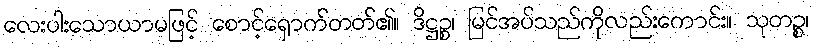
လေးပါးသောယာမဖြင့် စောင့်ရှောက်တတ်၏။ ဒိဋ္ဌဉ္စ၊ မြင်အပ်သည်ကိုလည်းကောင်း။ သုတဉ္စ၊